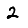
Digit: 2